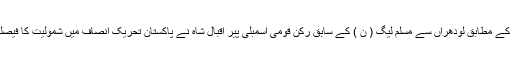
تفصیلات کے مطابق لودھراں سے مسلم لیگ ( ن ) کے سابق رکن قومی اسمبلی پیر اقبال شاہ نے پاکستان تحریک انصاف میں شمولیت کا فیصلہ کیا ہے۔